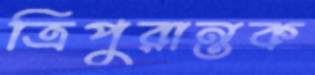
ত্রিপুরান্তক